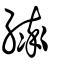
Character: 繂